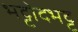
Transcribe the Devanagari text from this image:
भट्टोदभट्ट